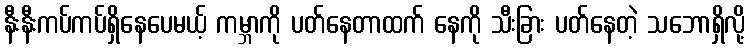
နီးနီးကပ်ကပ်ရှိနေပေမယ့် ကမ္ဘာကို ပတ်နေတာထက် နေကို သီးခြား ပတ်နေတဲ့ သဘောရှိလို့